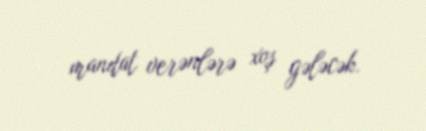
mandat verənlərə xoş gələcək.